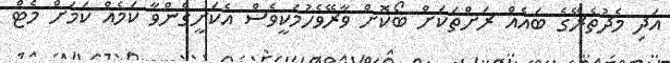
އަދި މެދުތެރޭގެ ބައެއް ރަށްތަކަށް ބޯކޮށް ވާރޭވެހުމަކީވެސް އެކަށީގެންވާ ކަމެއް ކަމަށް މެޓް